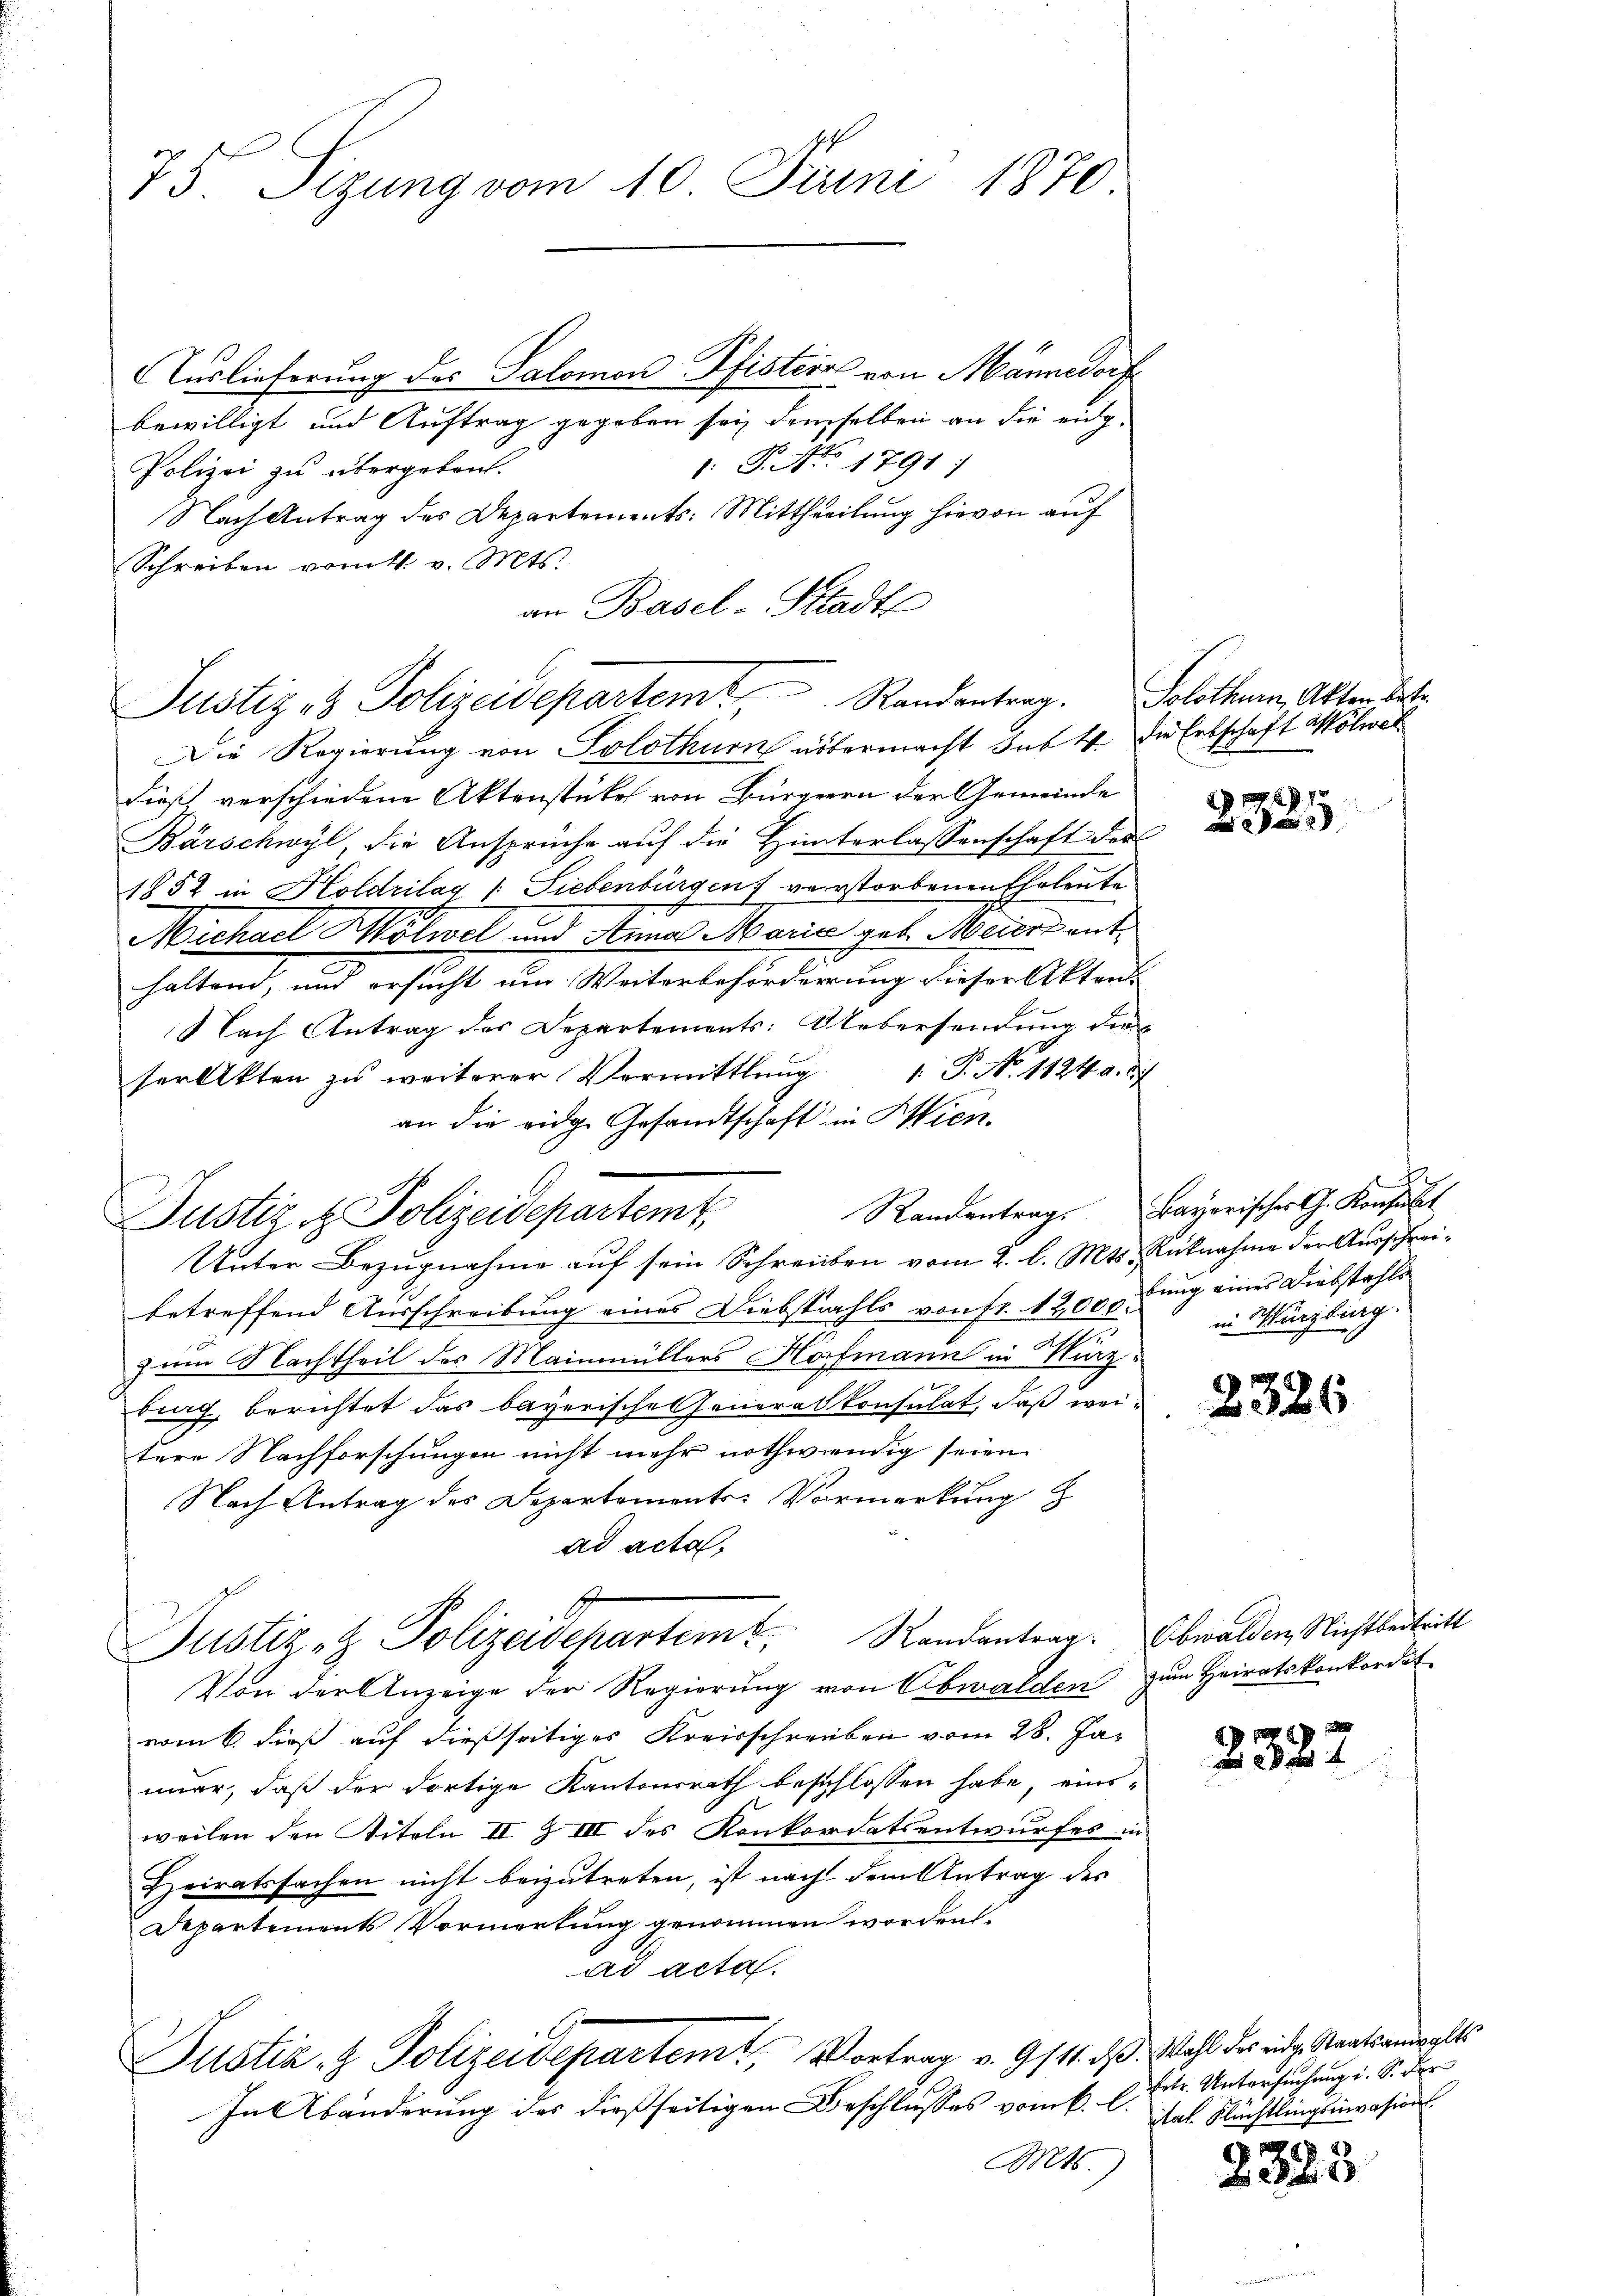
75. Sizung vom 10. Juni 1870

Auslieferung des Salomon Pfisteres von Männedorf
bewilligt und Auftrag gegeben sei demselben an die eing¬
F. 1791.
Polizei zu übergeben.
Nach Antrag des Departements: Mittheilung hievon auf
Schreiben vom 11. v. Mts.
an Basel-Stadt
dieß, verschiedene Aktenstücke von Bürgeren der Gemeinde
Bärschwyl, die Ansprüche auf die Hinterlassenschaft der
1852 in Holdrilag /: Siebenbürgen verstorbenen Eheleute
Michael Molwel und Anna Maria geb. Meier enthaltend, und ersucht um Weiterbeförderung dieser Akten.
Nach Antrag des Departements: Uebersendung der
ser Akten zu weiterer Vermittlung  P. N. 1124 u. d
an die eidg. Gesandtschaft im Hien
Sch

Justiz & Polizeidepartemt, Randantrag.
Die Regierung von Solothurn übermacht sub 14. Die Erbschaft Mölwer

Randantrag
Justiz & Polizeidepartemt

Justiz- & Polizeidepartem Randantrag. Obwalden, Nichtbeitritt

Unter Bezugnahme auf sein Schreiben vom 2. l. Mts. Rücknahme der Ausschreibetreffend Ausschreibung eines Diebstahls von fr. 1200 lung eines Diebstahls
zum Nachtheil des Mainmüllers Hofmann in Würzbrach berichtet das bayerische Generalkonsulat, daß weitere Nachforschungen nicht mehr nothwendig seien
Nach Antrag des Departementes Vormerkung
ad acta,
Von der Anzeige der Regierung von Obwalden zum Heiratskonkordat
vom 6. dieß auf dießsätiges Kreisschreiben vom 28. Januar, daß der dortige Kantonsrath beschlossen habe, einsweilen den Titeln II Z III des Konkordatsentwurfes in
Heiratssachen nicht beizutreten, ist nach dem Antrag des
Departements Vormerkung genommen worden
ad acta.
Justiz- & Polizeidepartem Vortrag v. 9/11. dβ. Wahl der eidg. Staatsanwalts
In Abänderung des dießseitigen Beschlusses vom 6. l.
Mts.)

Solothurn, Akten betr.

2325

de
Bayerisches G. Konfekt
in Würzling.

2326

2327

Ertr. Untersuchung u. S. der
itat. Flüchtlingsnivasion.

2323